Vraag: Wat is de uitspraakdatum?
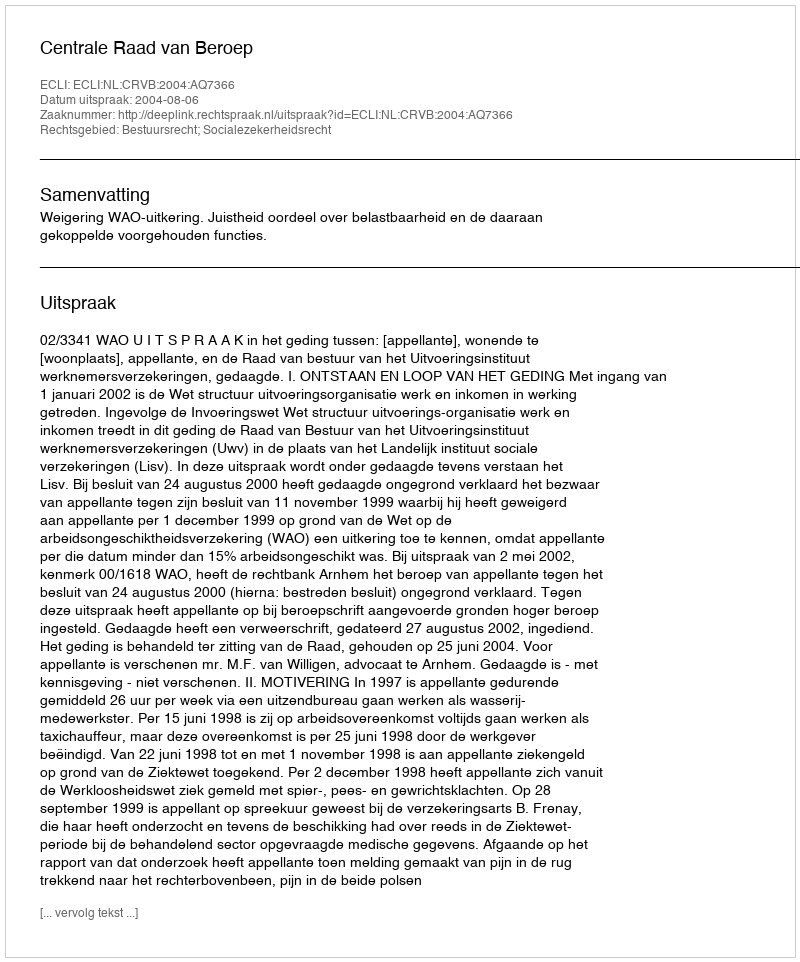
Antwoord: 2004-08-06